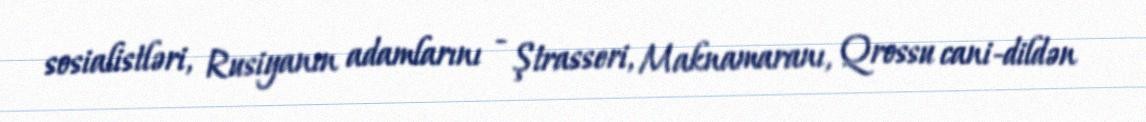
sosialistləri, Rusiyanın adamlarını - Ştrasseri, Maknamaranı, Qrossu cani-dildən